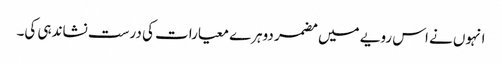
انہوں نے اس رویے میں مضمر دوہرے معیارات کی درست نشاندہی کی۔